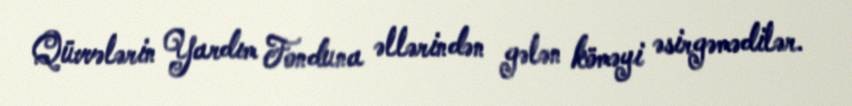
Qüvvələrin Yardım Fonduna əllərindən gələn köməyi əsirgəmədilər.